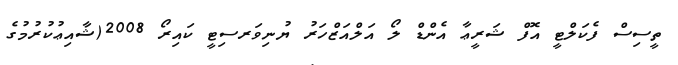
ތީސިސް ފެކަލްޓީ އޮފް ޝަރީޢާ އެންޑް ލޯ އަލްއަޒްހަރު ޔުނިވަރސިޓީ ކައިރޯ 2008(ޝާއިޢުކުރުމުގެ